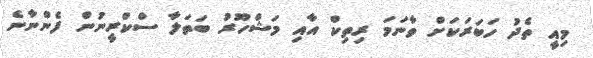
މިއީ ތެދު ހަބަރަކަށް ވާނަމަ ރިތިކް އާއި މަޝްހޫރު ބަތަލާ ސްކްރީނުން ފެންނާނެ